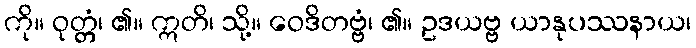
ကို။ ဝုတ္တံ၊ ၏။ ဣတိ၊ သို့။ ဝေဒိတဗ္ဗံ၊ ၏။ ဥဒယဗ္ဗ ယာနုပဿနာယ၊